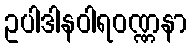
ဥပါဒါနဝါရဝဏ္ဏနာ